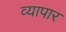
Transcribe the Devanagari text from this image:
व्यापार